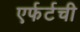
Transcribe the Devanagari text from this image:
एर्फर्टची